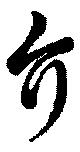
介